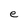
Character: e